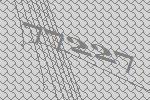
77227